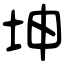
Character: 坤